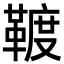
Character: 䩲